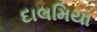
દાલમિયા